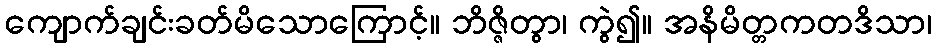
ကျောက်ချင်းခတ်မိသောကြောင့်။ ဘိဇ္ဇိတွာ၊ ကွဲ၍။ အနိမိတ္တကတဒိသာ၊